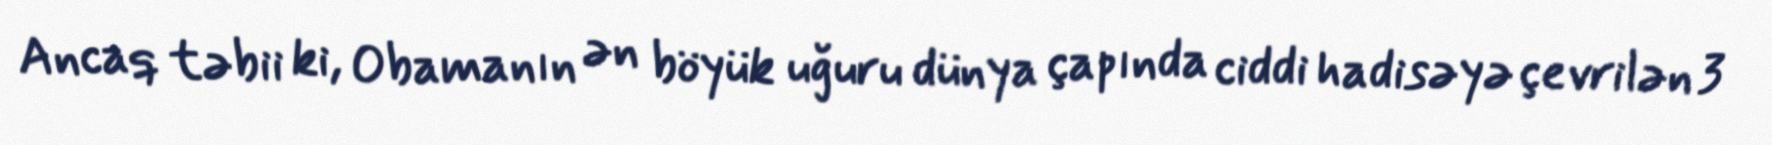
Ancaq təbii ki, Obamanın ən böyük uğuru dünya çapında ciddi hadisəyə çevrilən 3